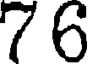
76